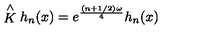
\stackrel { \wedge } { K } h _ { n } ( x ) = e ^ { \frac { ( n + 1 / 2 ) \omega } { 4 } } h _ { n } ( x )